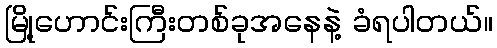
မြို့ဟောင်းကြီးတစ်ခုအနေနဲ့ ခံရပါတယ်။